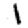
Digit: 1